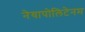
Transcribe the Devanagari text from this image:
नेयापोलिटेनम